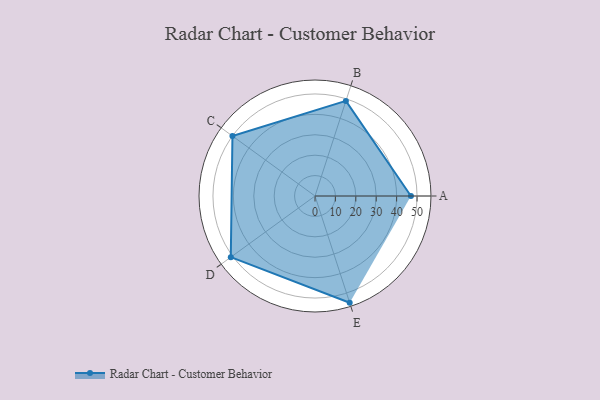
{"axis": {"x": "Skill", "y": "Score"}, "legend": ["Profile"], "data": [{"x": "A", "y": 47.0, "type": "Profile"}, {"x": "B", "y": 49.0, "type": "Profile"}, {"x": "C", "y": 50.0, "type": "Profile"}, {"x": "D", "y": 51.0, "type": "Profile"}, {"x": "E", "y": 55.0, "type": "Profile"}]}